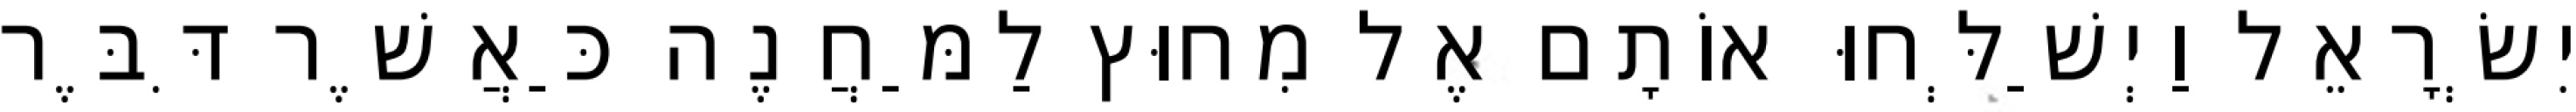
יִשְׂרָאֵל וַיְשַׁלְּחוּ אוֹתָם אֶל מִחוּץ לַמַּחֲנֶה כַּאֲשֶׁר דִּבֶּר